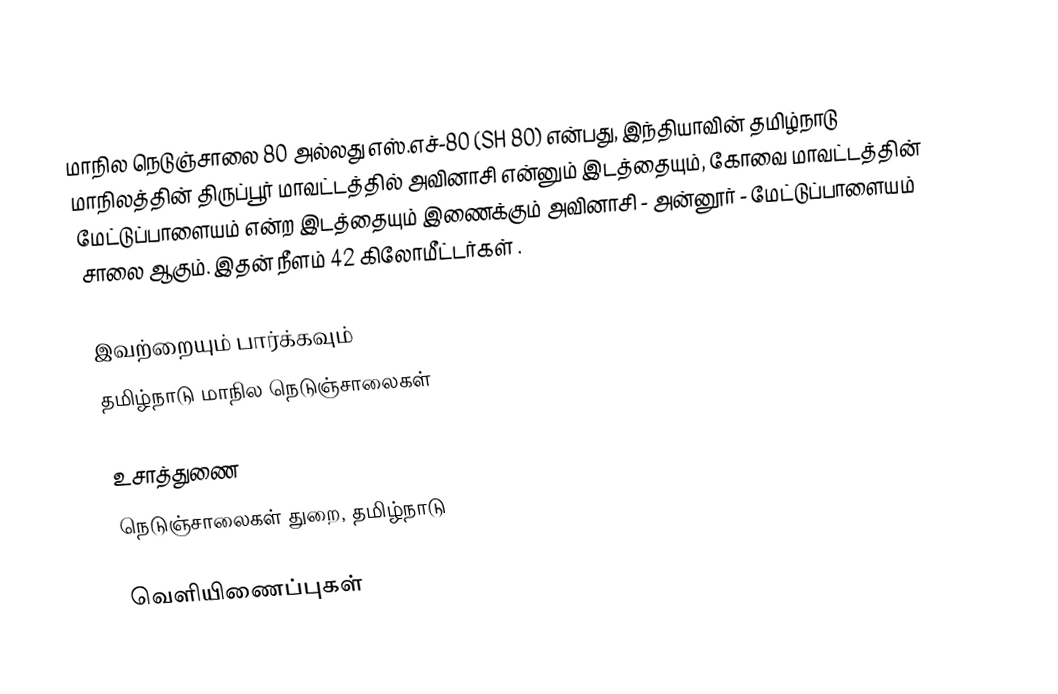
மாநில நெடுஞ்சாலை 80 அல்லது எஸ்.எச்-80 (SH 80) என்பது, இந்தியாவின் தமிழ்நாடு மாநிலத்தின் திருப்பூர் மாவட்டத்தில் அவினாசி என்னும் இடத்தையும், கோவை மாவட்டத்தின் மேட்டுப்பாளையம் என்ற இடத்தையும் இணைக்கும் அவினாசி - அன்னூர் - மேட்டுப்பாளையம் சாலை ஆகும். இதன் நீளம் 42  கிலோமீட்டர்கள் .

இவற்றையும் பார்க்கவும்
 தமிழ்நாடு மாநில நெடுஞ்சாலைகள்

உசாத்துணை
 நெடுஞ்சாலைகள் துறை, தமிழ்நாடு

வெளியிணைப்புகள்